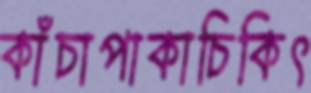
কাঁচাপাকাচিকিৎ